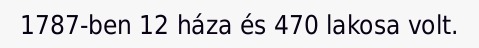
1787-ben 12 háza és 470 lakosa volt.